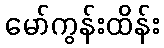
မော်ကွန်းထိန်း